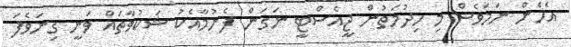
އެހެން ނަމަވެސް މި ހިދުމަތުން ޖީއެސްޓީ ނަގަން ފެށުމާއެކު ޝަކުވާތައް ވަނީ ގިނަވެފަ